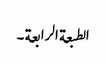
الطبعة الرابعة ۔